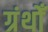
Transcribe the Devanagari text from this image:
ग्रंथोँ